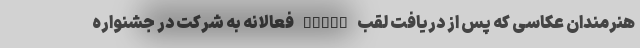
هنرمندان عکاسی که پس از دریافت لقب EFIAP فعالانه به شرکت در جشنواره